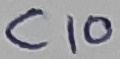
Text: C10